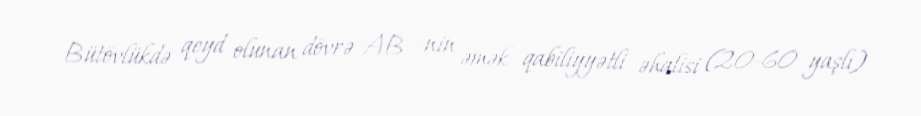
Bütövlükdə qeyd olunan dövrə AB -nin əmək qabiliyyətli əhalisi (20-60 yaşlı)